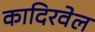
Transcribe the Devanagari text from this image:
कादिरवेल